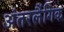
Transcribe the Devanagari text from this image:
अंतरलैंगिक